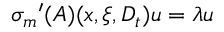
{ { \sigma } _ { m } } ^ { \prime } ( A ) ( x , \xi , D _ { t } ) u = \lambda u